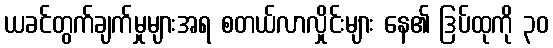
ယခင်တွက်ချက်မှုများအရ စတယ်လာလှိုင်းများ နေ၏ ဒြပ်ထုကို ၃၀